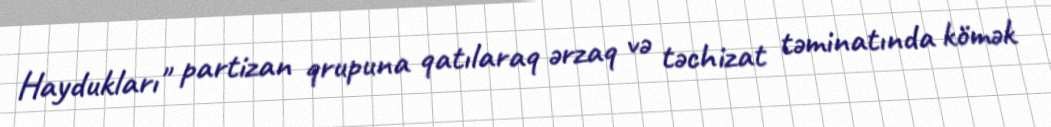
Haydukları" partizan qrupuna qatılaraq ərzaq və təchizat təminatında kömək